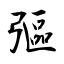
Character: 彄